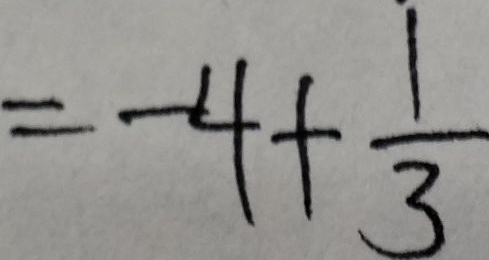
= - 4 + \frac { 1 } { 3 }